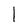
Character: 1